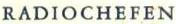
RADIOCHEFEN